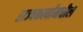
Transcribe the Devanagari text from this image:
राज्यकर्त्यांमधील